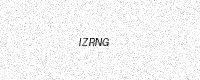
Text: IZRNG